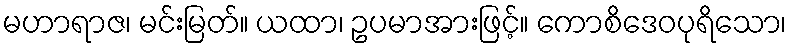
မဟာရာဇ၊ မင်းမြတ်။ ယထာ၊ ဥပမာအားဖြင့်။ ကောစိဒေဝပုရိသော၊